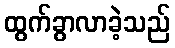
ထွက်ခွာလာခဲ့သည်